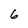
Character: 6